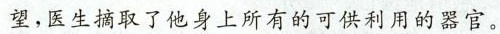
望，医生摘取了他身上所有的可蛋利用的器官。